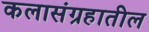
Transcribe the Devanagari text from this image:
कलासंग्रहातील